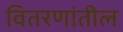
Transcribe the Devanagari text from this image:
वितरणांतील